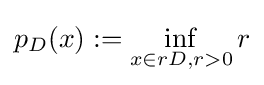
p_{D}(x):=\inf _{x\in rD,r>0}r